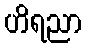
ဟိရညာ